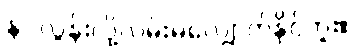
နာ လွန်းလို့လမ်းမလျှောက်နိုင်ဘူး။